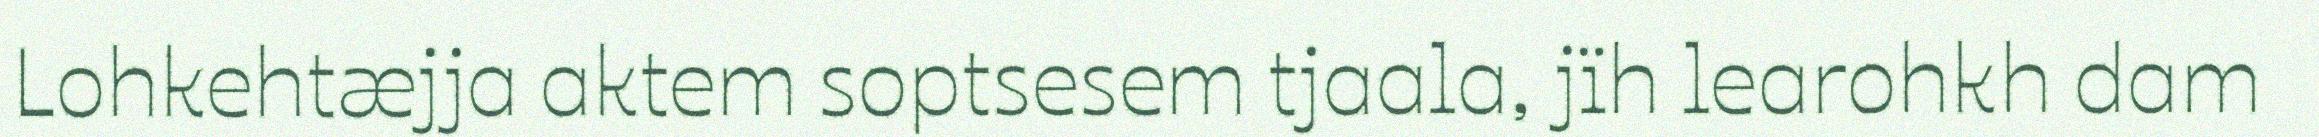
Lohkehtæjja aktem soptsesem tjaala, jïh learohkh dam